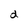
Character: d